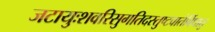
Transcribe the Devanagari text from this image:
जटायुःशवरिसुगतिदस्तुष्टवातेर्विधातु